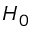
H _ { 0 }